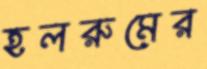
হলরুমের